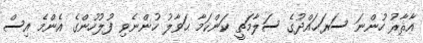
އާޘާރު ހުންނަ ސަރަޙައްދުގެ ސަލާމަތީ ކަންކަމާ ޙަވާލު ހުންނެވި ފުލުހުންގެ އެންމެ އިސް